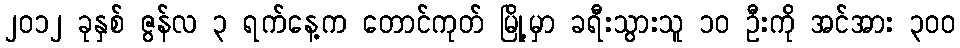
၂၀၁၂ ခုနှစ် ဇွန်လ ၃ ရက်နေ့က တောင်ကုတ် မြို့မှာ ခရီးသွားသူ ၁၀ ဦးကို အင်အား ၃ဝဝ